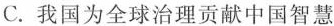
C.我国为全球治理贡献中国智慧